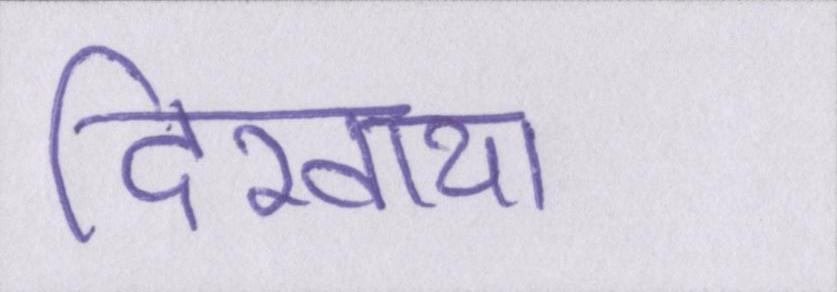
दिखाया